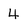
Character: 4